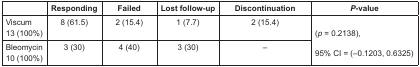
|  | Responding | Failed | Lost follow-up | Discontinuation | P-value |
 | --- | --- | --- | --- | --- | --- |
 | Viscum 13 (100%) | 8 (61.5) | 2 (15.4) | 1 (7.7) | 2 (15.4) | <ROWSPAN=2> (p = 0.2138), 95% CI = (–0.1203, 0.6325) |
 | Bleomycin 10 (100%) | 3 (30) | 4 (40) | 3 (30) | – |